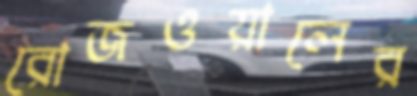
রোজওয়ালের